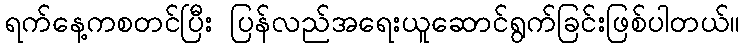
ရက်နေ့ကစတင်ပြီး ပြန်လည်အရေးယူဆောင်ရွက်ခြင်းဖြစ်ပါတယ်။